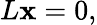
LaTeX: L\mathbf{x}=0,